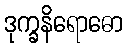
ဒုက္ခနိရောဓော